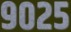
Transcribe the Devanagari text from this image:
९०२५